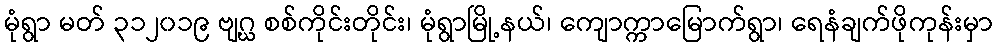
မုံရွာ မတ် ၃၁၂၀၁၉ ဗျဂ္ဃ စစ်ကိုင်းတိုင်း၊ မုံရွာမြို့နယ်၊ ကျောက္ကာမြောက်ရွာ၊ ရေနံချက်ဖိုကုန်းမှာ